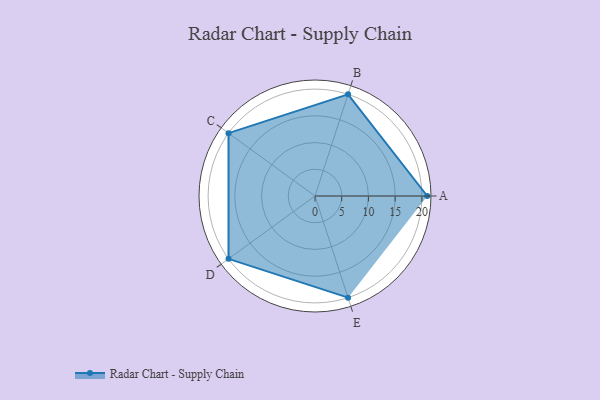
{"axis": {"x": "Skill", "y": "Score"}, "legend": ["Profile"], "data": [{"x": "A", "y": 21.0, "type": "Profile"}, {"x": "B", "y": 20, "type": "Profile"}, {"x": "C", "y": 20, "type": "Profile"}, {"x": "D", "y": 20, "type": "Profile"}, {"x": "E", "y": 20, "type": "Profile"}]}